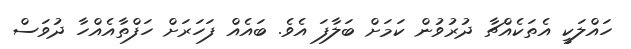
ހައްލަކީ އެތަކެއްޗާ ދުރުވުން ކަމަށް ބަލާފަ އެވެ. ބައެއް ފަހަރަށް ހަފްތާއެއްހާ ދުވަސް